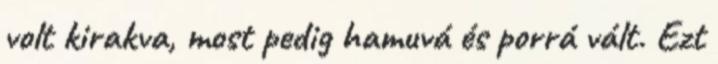
volt kirakva, most pedig hamuvá és porrá vált. Ezt